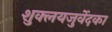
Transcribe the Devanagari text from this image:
शुक्लयजुर्वेदका